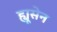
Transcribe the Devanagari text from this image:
ह्यूसेन